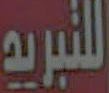
التبريد